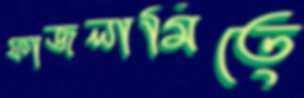
ফাজলামিতে